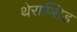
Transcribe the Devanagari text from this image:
थेराप्सिड